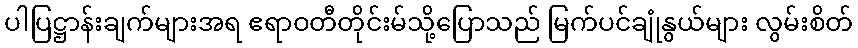
ပါပြဋ္ဌာန်းချက်များအရ ဧရာဝတီတိုင်းမ်သို့ပြောသည် မြက်ပင်ချုံနွယ်များ လွမ်းစိတ်